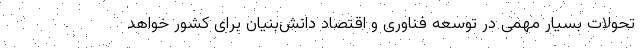
تحولات بسیار مهمی در توسعه فناوری و اقتصاد دانش‌بنیان برای کشور خواهد